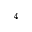
_ { 4 }